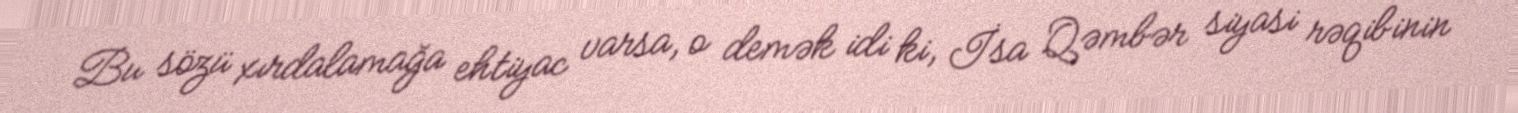
Bu sözü xırdalamağa ehtiyac varsa, o demək idi ki, İsa Qəmbər siyasi rəqibinin